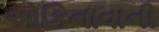
ઓકિનાવાની